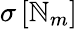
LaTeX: \sigma\left[\mathbb{N}_{m}\right]